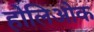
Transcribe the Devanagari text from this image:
होलिओक